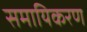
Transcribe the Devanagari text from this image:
समायिकरण